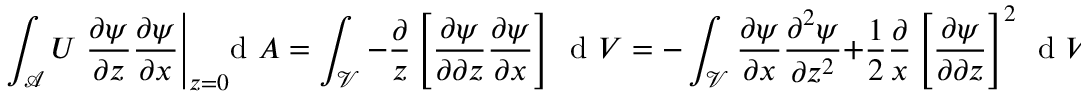
\int _ { \mathcal { A } } U \left. \frac { \partial \psi } { \partial z } \frac { \partial \psi } { \partial x } \right| _ { z = 0 } \! \! \! \! \, \textrm { d } A = \int _ { \mathcal { V } } - \frac { \partial } { z } \left[ \frac { \partial \psi } { \partial \partial z } \frac { \partial \psi } { \partial x } \right] \, \textrm { d } V = - \int _ { \mathcal { V } } \frac { \partial \psi } { \partial x } \frac { \partial ^ { 2 } \psi } { \partial z ^ { 2 } } + \frac { 1 } { 2 } \frac { \partial } { x } \left[ \frac { \partial \psi } { \partial \partial z } \right] ^ { 2 } \, \textrm { d } V ,